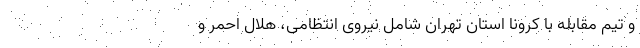
و تیم مقابله با کرونا استان تهران شامل نیروی انتظامی، هلال احمر و